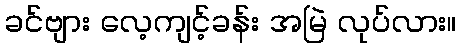
ခင်ဗျား လေ့ကျင့်ခန်း အမြဲ လုပ်လား။